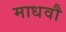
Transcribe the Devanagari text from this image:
माधवौ